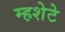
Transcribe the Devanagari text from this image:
म्हशेटे